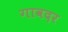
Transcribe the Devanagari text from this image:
गावदर